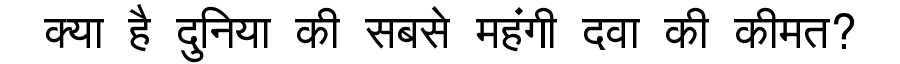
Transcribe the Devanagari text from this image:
क्या है दुनिया की सबसे महंगी दवा की कीमत?